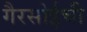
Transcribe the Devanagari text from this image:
गैरसोईची